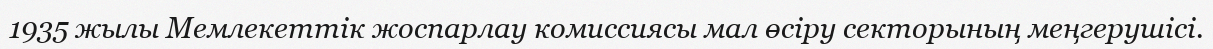
1935 жылы Мемлекеттік жоспарлау комиссиясы мал өсіру секторының меңгерушісі.